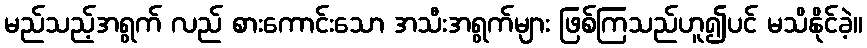
မည်သည့်အရွက် လည် စားကောင်းသော အသီးအရွက်များ ဖြစ်ကြသည်ဟူ၍ပင် မသိနိုင်ခဲ့။